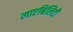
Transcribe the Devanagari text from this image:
लाएबिलिटी